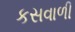
કસવાળી